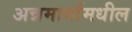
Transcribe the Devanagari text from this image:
अन्नमार्गामधील